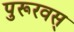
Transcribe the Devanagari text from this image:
पुरूरवस्